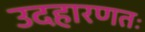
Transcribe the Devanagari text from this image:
उदहारणतः